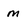
Character: m